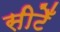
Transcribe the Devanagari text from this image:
सीटेँ